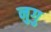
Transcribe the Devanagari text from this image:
नुगु